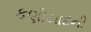
કણીયાદની